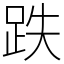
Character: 跌